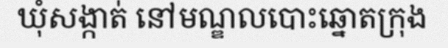
ឃុំសង្កាត់ នៅមណ្ឌលបោះឆ្នោតក្រុង